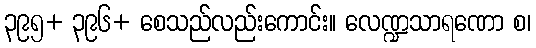
၃၉၅+ ၃၉၆+ စေသည်လည်းကောင်း။ လေဏ္ဍသာရဏော စ၊